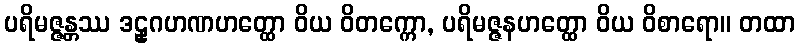
ပရိမဇ္ဇန္တဿ ဒဠှဂဟဏဟတ္ထော ဝိယ ဝိတက္ကော, ပရိမဇ္ဇနဟတ္ထော ဝိယ ဝိစာရော။ တထာ